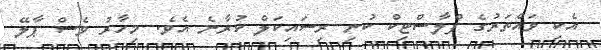
އެކި ވައްތަރުގެ ޕްލާސްޓިކް ކުނި ރިސައިކަލް ކުރާނެ އެވެ. މިހާރު ވެސް ޕާލޭ